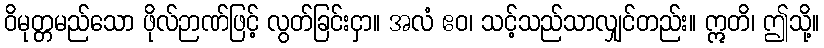
ဝိမုတ္တမည်သော ဖိုလ်ဉာဏ်ဖြင့် လွတ်ခြင်းငှာ။ အလံ ဧဝ၊ သင့်သည်သာလျှင်တည်း။ ဣတိ၊ ဤသို့။